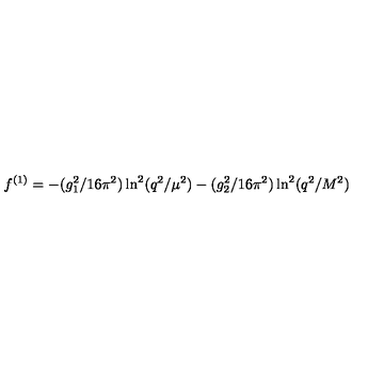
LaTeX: f ^ { ( 1 ) } = - ( g _ { 1 } ^ { 2 } / 1 6 \pi ^ { 2 } ) \ln ^ { 2 } ( q ^ { 2 } / \mu ^ { 2 } ) - ( g _ { 2 } ^ { 2 } / 1 6 \pi ^ { 2 } ) \ln ^ { 2 } ( q ^ { 2 } / M ^ { 2 } )